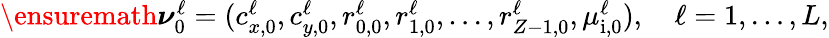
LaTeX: \begin{array}{r}{\ensuremath{\boldsymbol\nu}_{0}^{\ell}=(c_{x,0}^{\ell},c_{y,0}^{\ell},r_{0,0}^{\ell},r_{1,0}^{\ell},\ldots,r_{Z-1,0}^{\ell},\mu_{\mathrm{i,0}}^{\ell}),\quad\ell=1,\ldots,L,}\end{array}